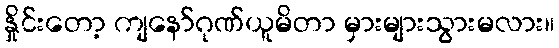
နှိုင်းတော့ ကျနော်ဂုဏ်ယူမိတာ မှားများသွားမလား။